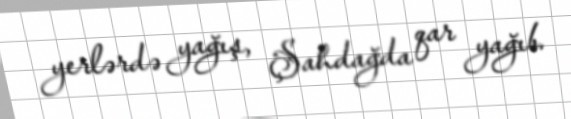
yerlərdə yağış, Şahdağda qar yağıb.